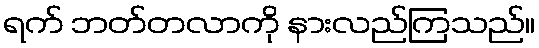
ရက် ဘတ်တလာကို နားလည်ကြသည်။